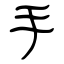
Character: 手